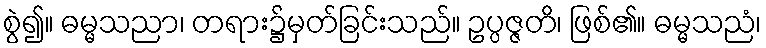
စွဲ၍။ ဓမ္မသညာ၊ တရား၌မှတ်ခြင်းသည်။ ဥပ္ပဇ္ဇတိ၊ ဖြစ်၏။ ဓမ္မသညံ၊